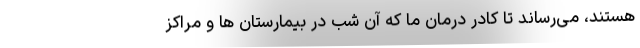
هستند، می‌رساند تا کادر درمان ما که آن شب در بیمارستان ها و مراکز